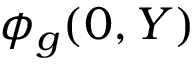
\phi _ { g } ( 0 , Y )